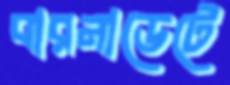
বারনাডেটে